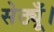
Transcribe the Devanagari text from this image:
सेठ्यूँ।